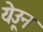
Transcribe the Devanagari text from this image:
येउून